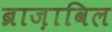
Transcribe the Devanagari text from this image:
ब्राज़ाविल